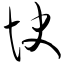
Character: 快